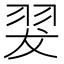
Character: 翇